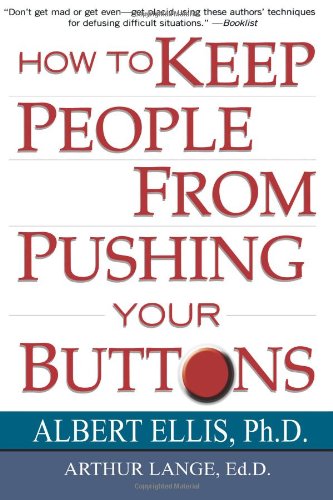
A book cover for How To Keep People From Pushing Your Buttons; Albert Ellis; Self-Help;